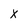
Character: x